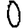
Digit: 0